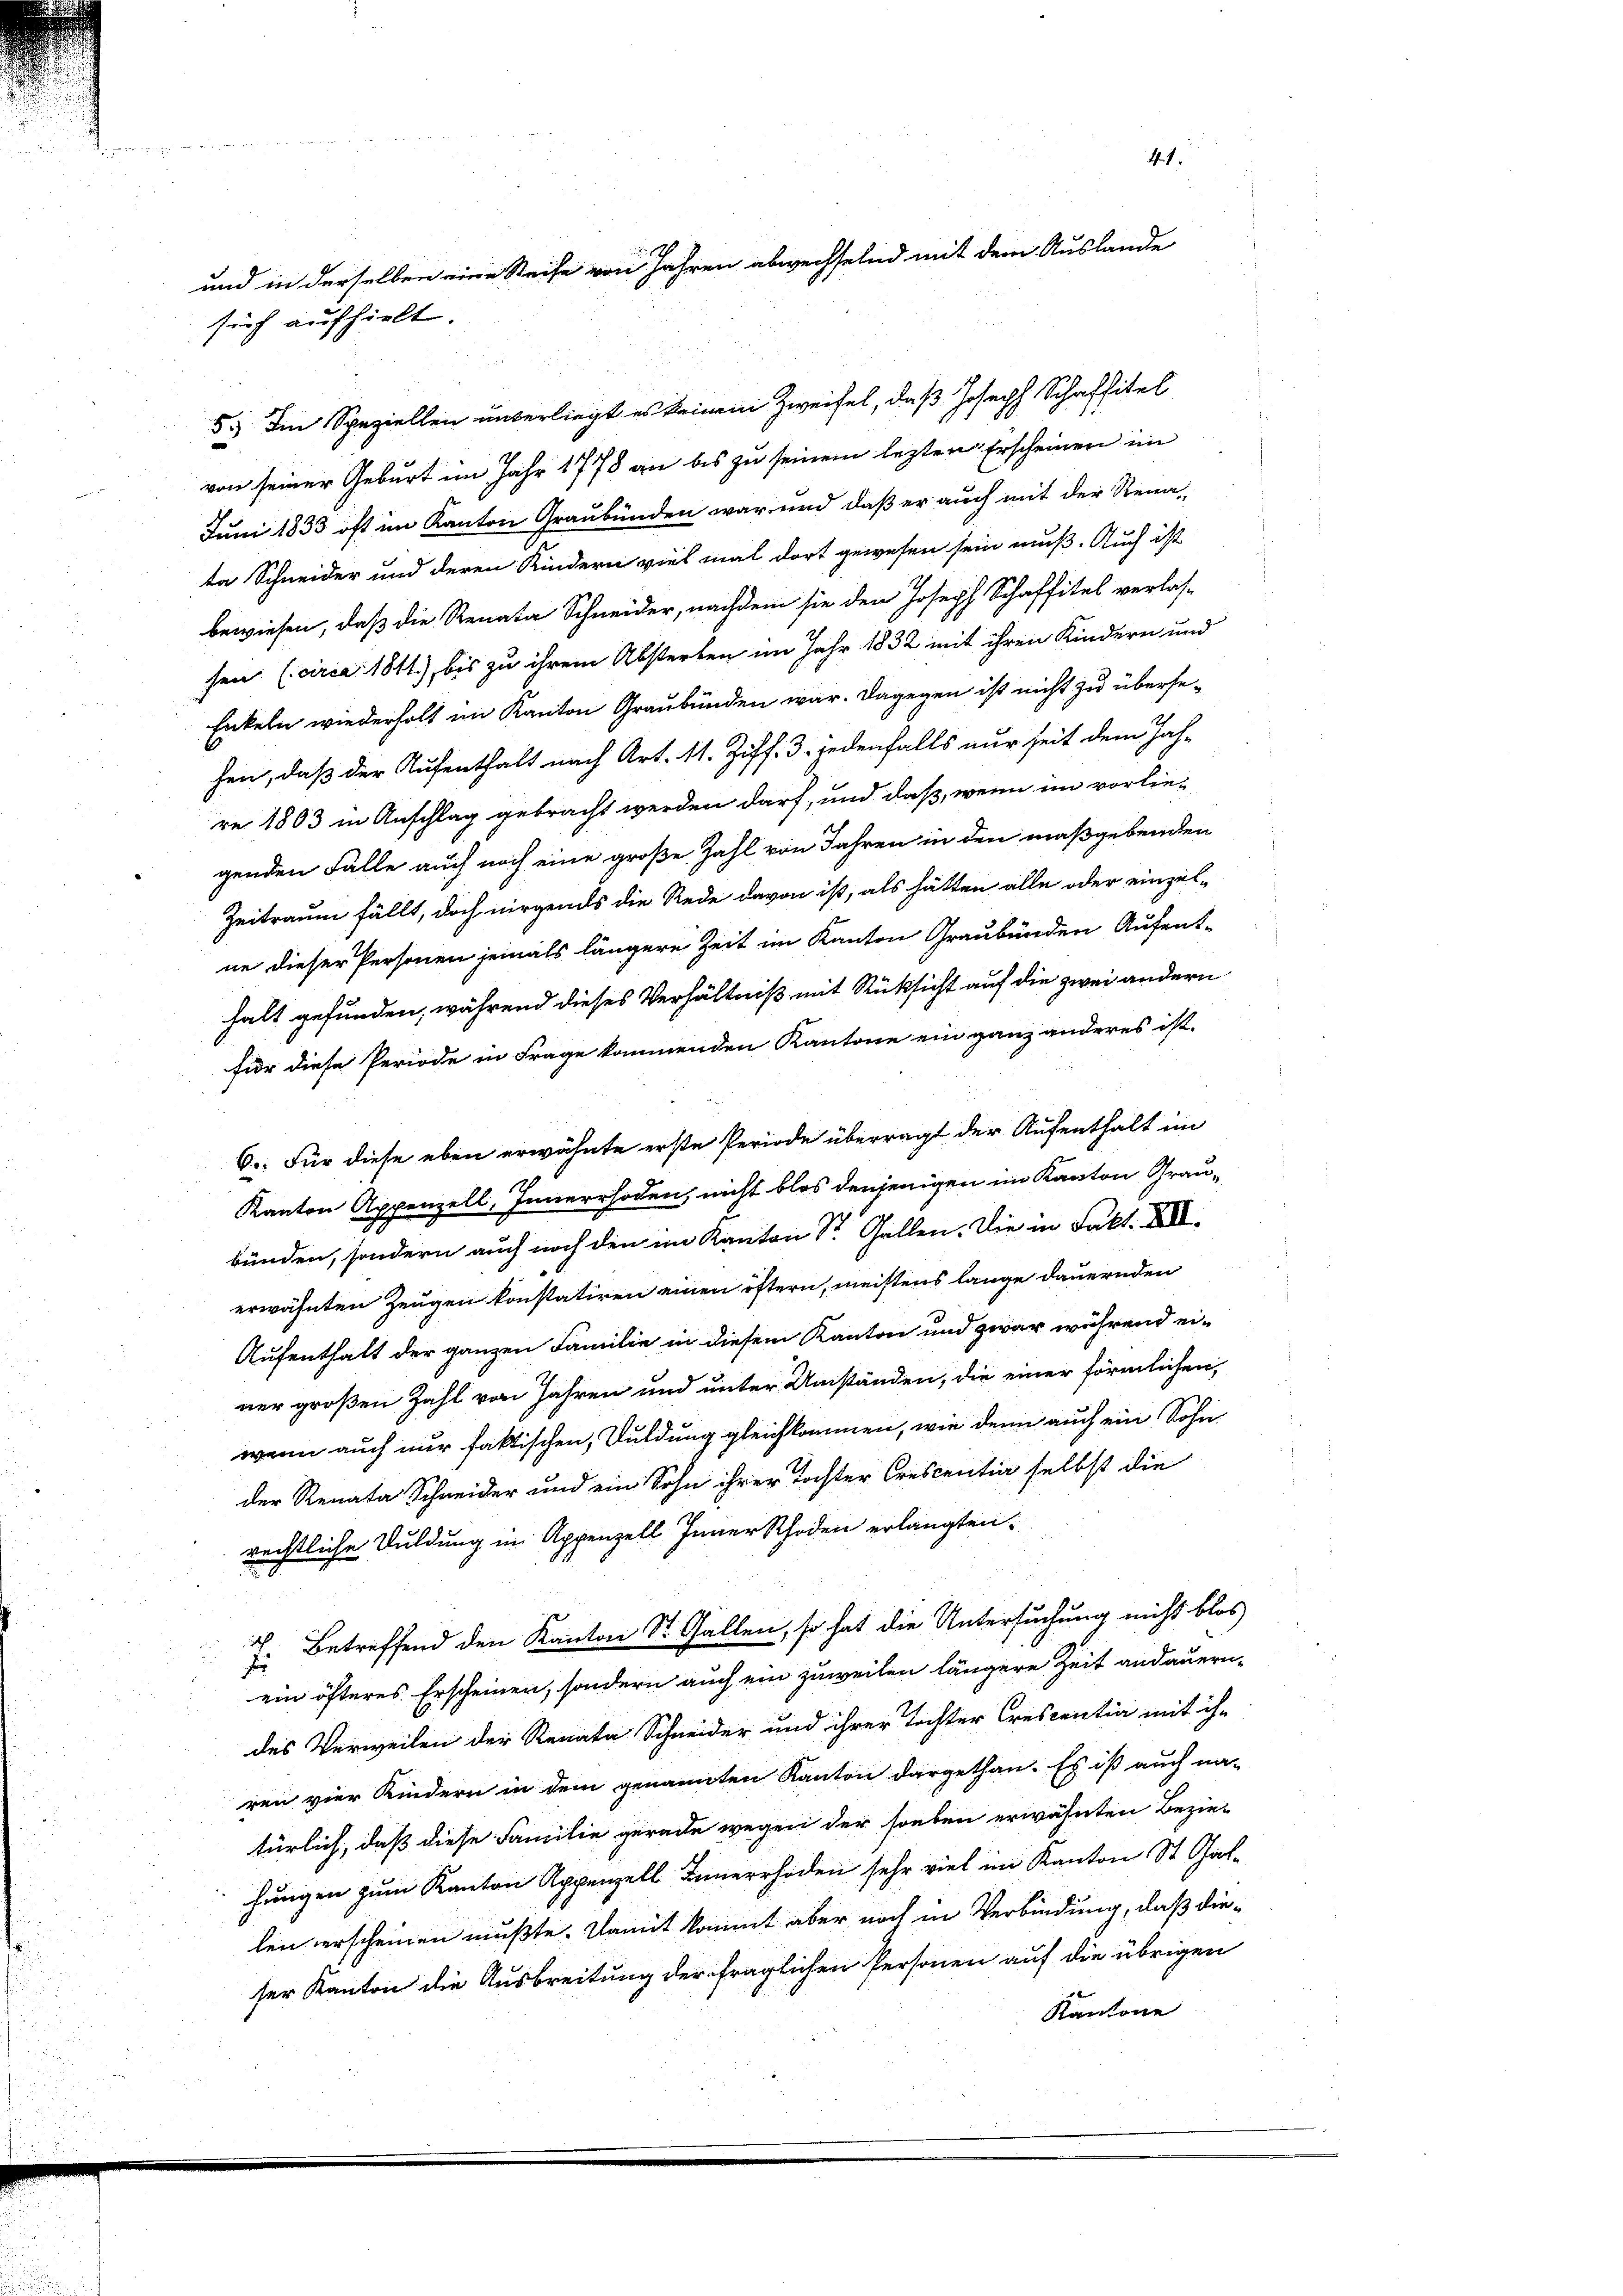
5.) Im Speziellen unterliegt es keinem Zweifel, daß Joseph Schaffitel
von seiner Geburt im Jahr 1778 an bis zu seinem lezten Erscheinen im
Juni 1833 oft im Kanton Graubünden war und daß er auch mit der Rena-
ta Schneider und deren Kindern viel mal dort gewesen sein muß. Auch ist
bewiesen, daß die Renata Schneider, nachdem sie den Joseph Schaffitel verlas-
sen (circa 1811), bis zu ihrem Absterben im Jahr 1832 mit ihren Kindern und
Enkeln wiederholt im Kanton Graubünden war. Dagegen ist nicht zu überse-
hen, daß der Aufenthalt nach Art. 11. Ziff. 3. jedenfalls nur seit dem Jah-
re 1803 in Anschlag gebracht werden darf, und daß, wenn im vorliegenden Fälle auch noch eine große Zahl von Jahren in den maßgebenden
Zeitraum fällt, doch nirgends die Rede davon ist, als hätten alle oder einzel-
ne dieser Personen jemals längere Zeit im Kanton Graubünden Aufent-
halt gefunden, während dieses Verhältniß mit Rücksicht auf die zwei andern
für diese Periode in Frage kommenden Kantone ein ganz anderes ist.
6.. Für diese eben erwähnte erste Periode überragt der Aufenthalt im
Kanton Appenzell, Innerrhoden, nicht blos denjenigen im Kanton Graubünden, sondern auch noch den im Kanton Sr. Gallen. Die in Fakt. XII.
erwähnten Zeugen konstatiren einen öftern, meistens lange dauernden
Aufenthalt der ganzen Familie in diesem Kanton und zwar während einer großen Zahl von Jahren und unter Umständen, die einer förmlichen,
wenn auch nur faktischen, Duldung gleichkommen, wie denn auch ein Sohn
der Renata Schneider und ein Sohn ihrer Tochter Crescentia selbst die
rechtliche Duldung in Appenzell Appenzell erlangten.
7. Betreffend den Kanton St. Gallen, so hat die Untersuchung nicht blos
ein öfteres Erscheinen, sondern auch ein zuweilen längere Zeit andauern.
des Verweilen der Renata Schneider und ihrer Tochter Crescentia mit ih-
ren vier Kindern in dem genannten Kanton dargethan. Es ist auch na-
türlich, daß diese Familie gerade wegen der soeben erwähnten Bezie-
hungen zum Kanton Appenzell Innerrhoden sehr viel im Kanton St. Gallen erscheinen mußte. Damit kommt aber noch in Verbindung, daß dieser Kanton die Ausbreitung der fraglichen Personen auf die übrigen
Kantone

41.
und in derselben eine Reife von Jahren abwechselnd mit dem Auslande
srich aufhielt.